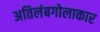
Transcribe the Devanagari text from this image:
अतिलंबगोलाकार